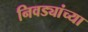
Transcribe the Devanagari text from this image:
निवड्यांच्या